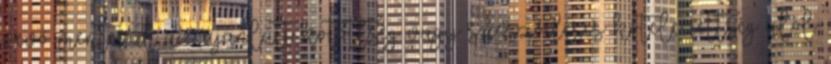
vevő mentesül az ajánlati kötöttség vagy szerződéses kötelezettség alól.